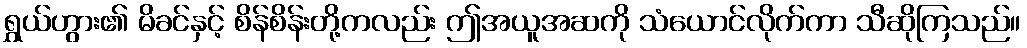
ရွှယ်ဟွား၏ မိခင်နှင့် စိန်စိန်းတို့ကလည်း ဤအယူအဆကို သံယောင်လိုက်ကာ သီဆိုကြသည်။